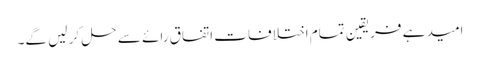
امید ہے فریقین تمام اختلافات اتفاق رائے سے حل کر لیں گے۔